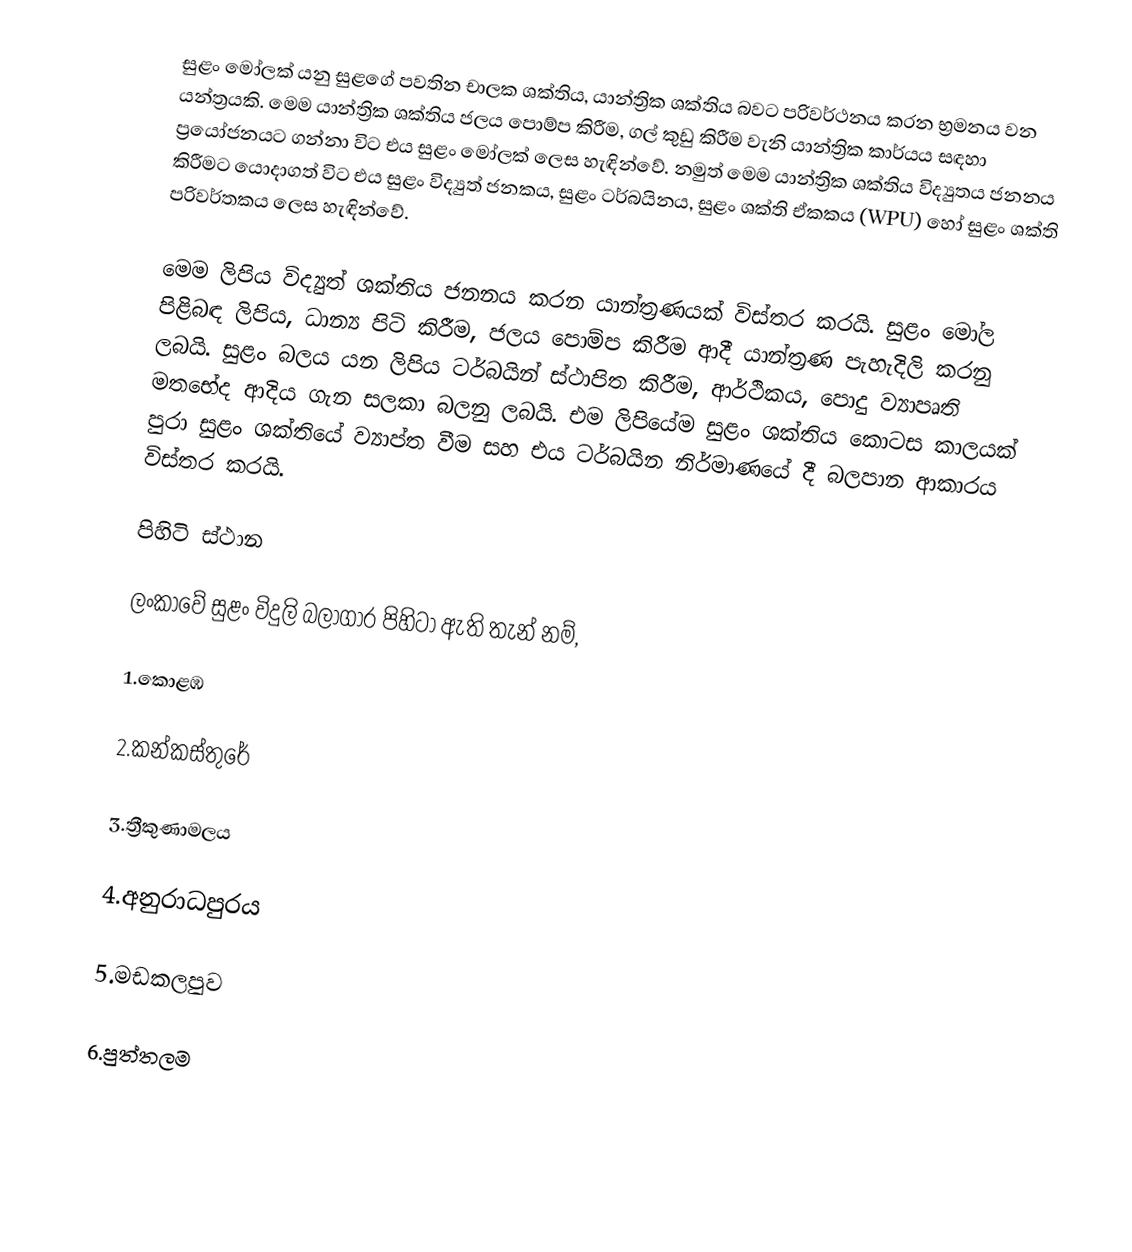
සුළං මෝලක් යනු සුළගේ පවතින චාලක ශක්තිය, යාන්ත්‍රික ශක්තිය බවට පරිවර්ථනය කරන භ්‍රමනය වන යන්ත්‍රයකි. මෙම යාන්ත්‍රික ශක්තිය ජලය ‍පොම්ප කිරීම, ගල් කුඩු කිරීම වැනි යාන්ත්‍රික කාර්යය සඳහා ‍ප්‍රයෝජනයට ගන්නා විට එය සුළං මෝලක් ලෙස හැඳින්වේ. නමුත් මෙම යාන්ත්‍රික ශක්තිය විද්‍යුතය ජනනය කිරීමට යොදාගත් විට එය සුළං විද්‍යුත් ජනක‍ය, සුළං ටර්බයිනය, සුළං ශක්ති ඒකකය (WPU) හෝ සුළං ශක්ති පරිවර්තකය ලෙස හැඳින්වේ.

මෙම ලිපිය විද්‍යුත් ශක්තිය ජනනය කරන යාන්ත්‍රණයක් විස්තර කරයි. සුළං මෝල පිළිබඳ ලිපිය, ධාන්‍ය පිටි කිරීම, ජලය පොම්ප කිරීම ආදී යාන්ත්‍රණ පැහැදිලි කරනු ලබයි. සුළං බලය යන ලිපිය ටර්බයින් ස්ථාපිත කිරීම, ආර්ථිකය, පොදු ව්‍යාපෘති මතභේද ආදිය ගැන සලකා බලනු ලබයි. එම ලිපියේම සුළං ශක්තිය කොටස කාලයක් පුරා සුළං ශක්තියේ ව්‍යාප්ත වීම  සහ එය ටර්බයින නිර්මාණයේ දී බලපාන ආකාරය විස්තර කරයි.

පිහිටි ස්ථාන

ලංකාවේ සුළං විදුලි බලාගාර පිහිටා ඇති තැන් නම්,

1.කොළඹ

2.කන්කස්තුරේ

3.ත්‍රීකුණාමලය

4.අනුරාධපුරය

5.මඩකලපුව

6.පුත්තලම